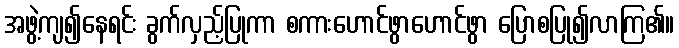
အဖွဲ့ကျ၍နေရင်း ခွက်လှည့်ပြုကာ စကားဟောင်ဖွာဟောင်ဖွာ ပြောစပြု၍လာကြ၏။